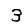
Digit: 3